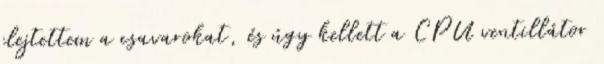
elejtettem a csavarokat, és úgy kellett a CPU ventillátor